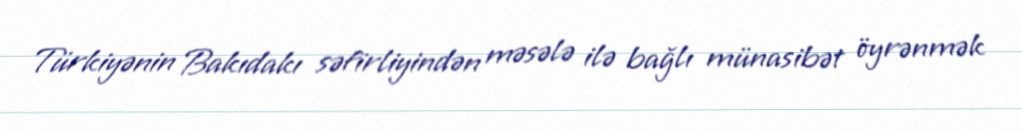
Türkiyənin Bakıdakı səfirliyindən məsələ ilə bağlı münasibət öyrənmək